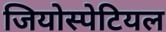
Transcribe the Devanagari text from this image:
जियोस्पेटियल